Report on lock hospitals in British Burma
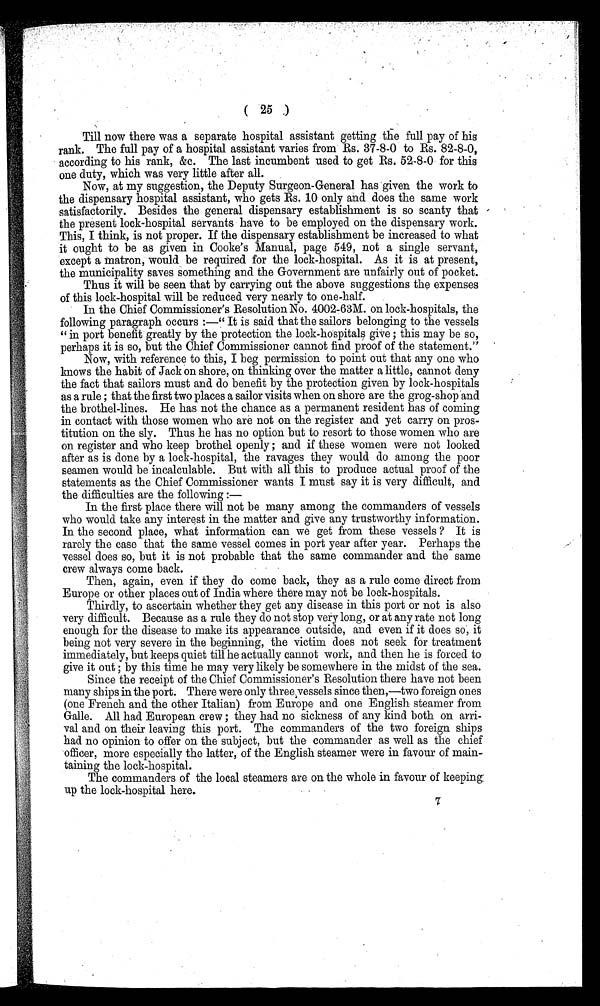
(25 )
Till now there was a separate hospital assistant getting the full pay of his
rank. The full pay of a hospital assistant varies from Rs. 37-8-0 to Rs. 82-8-0,
according to his rank, &c. The last incumbent used to get Rs. 52-8-0 for this
one duty, which was very little after all.
Now, at my suggestion, the Deputy Surgeon-General has given the work to
the dispensary hospital assistant, who gets Rs. 10 only and does the same work
satisfactorily. Besides the general dispensary establishment is so scanty that
the present lock-hospital servants have to be employed on the dispensary work.
This, I think, is not proper. If the dispensary establishment be increased to what
it ought to be as given in Cooke's Manual, page 549, not a single servant,
except a matron, would be required for the lock-hospital. As it is at present,
the municipality saves something and the Government are unfairly out of pocket.
Thus it will be seen that by carrying out the above suggestions the expenses
of this lock-hospital will be reduced very nearly to one-half.
In the Chief Commissioner's Resolution No. 4002-63M. on lock-hospitals, the
following paragraph occurs :—" It is said that the sailors belonging to the vessels
" in port benefit greatly by the protection the lock-hospitals give ; this may be so,
perhaps it is so, but the Chief Commissioner cannot find proof of the statement."
Now, with reference to this, I beg permission to point out that any one who
knows the habit of Jack on shore, on thinking over the matter a little, cannot deny
the fact that sailors must and do benefit by the protection given by lock-hospitals
as a rule ; that the first two places a sailor visits when on shore are the grog-shop and
the brothel-lines. He has not the chance as a permanent resident has of coming
in contact with those women who are not on the register and yet carry on pros-
titution on the sly. Thus he has no option but to resort to those women who are
on register and who keep brothel openly ; and if these women were not looked
after as is done by a lock-hospital, the ravages they would do among the poor
seamen would be incalculable. But with all this to produce actual proof of the
statements as the Chief Commissioner wants I must say it is very difficult, and
the difficulties are the following :
—
In the first place there will not be many among the commanders of vessels
who would take any interest in the matter and give any trustworthy information.
In the second place, what information can we get from these vessels ? It is
rarely the case that the same vessel comes in port year after year. Perhaps the
vessel does so, but it is not probable that the same commander and the same
crew always come back.
Then, again, even if they do come back, they as a rule come direct from
Europe or other places out of India where there may not be lock-hospitals.
Thirdly, to ascertain whether they get any disease in this port or not is also
very difficult. Because as a rule they do not stop very long, or at any rate not long
enough for the disease to make its appearance outside, and even if it does so, it
being not very severe in the beginning, the victim does not seek for treatment
immediately, but keeps quiet till he actually cannot work, and then he is forced to
give it out ; by this time he may very likely be somewhere in the midst of the sea.
Since the receipt of the Chief Commissioner's Resolution there have not been
many ships in the port. There were only three vessels since then,—two foreign ones
(one French and the other Italian) from Europe and one English steamer from
Galle. All had European crew ; they had no sickness of any kind both on arri-
val and on their leaving this port. The commanders of the two foreign ships
had no opinion to offer on the subject, but the commander as well as the chief
officer, more especially the latter, of the English steamer were in favour of main-
taining the lock-hospital.
The commanders of the local steamers are on the whole in favour of keeping:
up the lock-hospital here.
7